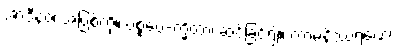
အာဒီနဝံ၊ အပြစ်ကို။ ပစ္စဝေ-က္ခိတွာ၊ ဆင်ခြင်၍။ ကာမနိဿရဏေ၊